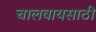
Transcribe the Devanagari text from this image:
चालवायसाठी